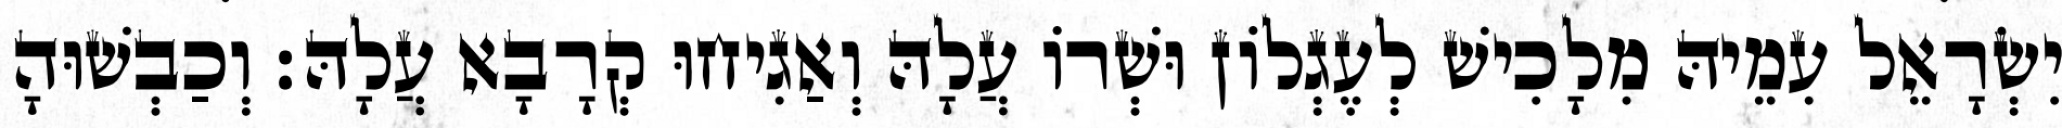
יִשְׂרָאֵל עִמֵיהּ מִלָכִישׁ לְעֶגְלוֹן וּשְׁרוֹ עֲלָהּ וְאַגִיחוּ קְרָבָא עֲלָהּ׃ וְכַבְשׁוּהָ